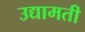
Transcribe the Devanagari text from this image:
उद्यामती